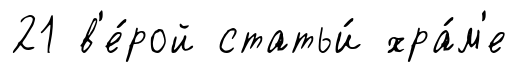
21 в'е́рой статьи́ хра́м'е